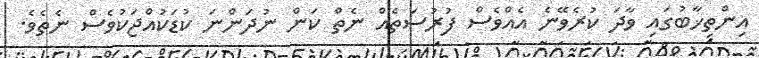
އިންތިޚާބުގައި ވާދަ ކުރެވޭނެ އެއްވެސް ފުރުސަތެއް ނެތް ކަން ނުދަންނަ ކުޑަކުއްޖަކުވެސް ނެތެވެ.